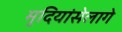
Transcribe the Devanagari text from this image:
मुदियांसेलागे